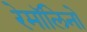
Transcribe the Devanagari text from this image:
रेमॉलिनो